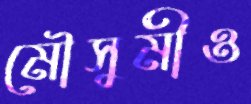
মৌসুমীও